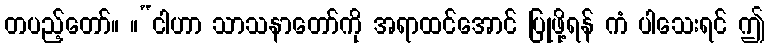
တပည့်တော်။ ။“ငါဟာ သာသနာတော်ကို အရာထင်အောင် ပြုဖို့ရန် ကံ ပါသေးရင် ဤ